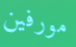
مورفين